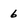
Character: 6